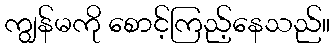
ကျွန်မကို စောင့်ကြည့်နေသည်။